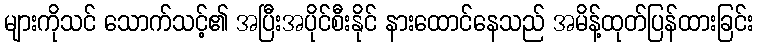
များကိုသင် သောက်သင့်၏ အပြီးအပိုင်စီးနိုင် နားထောင်နေသည် အမိန့်ထုတ်ပြန်ထားခြင်း